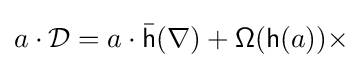
a\cdot {\mathcal {D}}=a\cdot {\bar {\mathsf {h}}}(\nabla )+{\mathsf {\Omega }}({\mathsf {h}}(a))\times